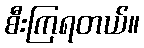
စီးကြရတယ်။